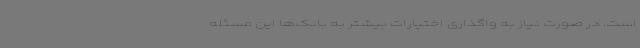
است. در صورت نیاز به واگذاری اختیارات بیشتر به بانک‌ها این مسئله